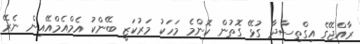
ރާއްޖޭގެ އިގްތިސާދާ ގުޅޭ ގޮތުން ކޮންމެ މަހަކު މަރުކަޒީ ބޭންކު އެމްއެމްއޭއިން ނެރޭ